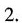
2.